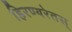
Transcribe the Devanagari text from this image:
हिरण्यरेतस्